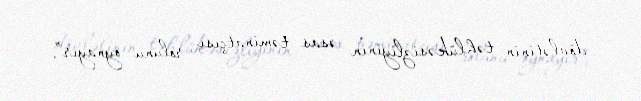
dövlətinin təhlükəsizliyinin əsas təminatçısı rolunu oynayır”.